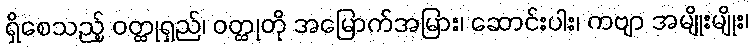
ရှိစေသည့် ဝတ္ထုရှည်၊ ဝတ္ထုတို အမြောက်အမြား၊ ဆောင်းပါး၊ ကဗျာ အမျိုးမျိုး၊